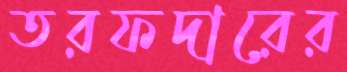
তরফদারের